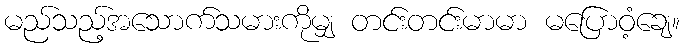
မည်သည့်အသောက်သမားကိုမျှ တင်းတင်းမာမာ မပြောဝံ့ချေ။